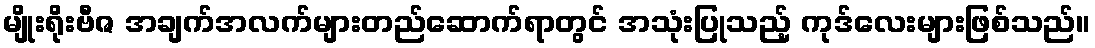
မျိုးရိုးဗီဇ အချက်အလက်များတည်ဆောက်ရာတွင် အသုံးပြုသည့် ကုဒ်လေးများဖြစ်သည်။